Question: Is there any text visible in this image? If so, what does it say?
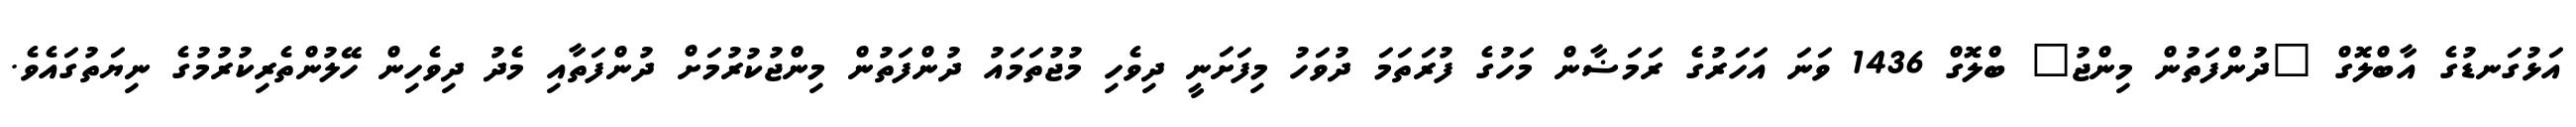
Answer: އަޅުގަނޑުގެ އާބްލޮގް "ދުންފަތުން މިންޖު" ބްލޮގް 1436 ވަނަ އަހަރުގެ ރަމަޟާން މަހުގެ ފުރަތަމަ ދުވަހު މިފަށަނީ ދިވެހި މުޖުތަމައު ދުންފަތުން މިންޖުކުރުމަށް ދުންފަތާއި މެދު ދިވެހިން ހޭލުންތެރިކުރުމުގެ ނިޔަތުގައެވެ.